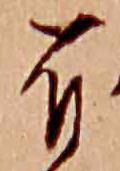
有